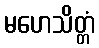
မဟေသိတ္တံ